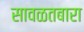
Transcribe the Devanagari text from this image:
सावळतबारा